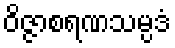
ဝိဇ္ဇာစရဏသမ္ပဒံ